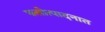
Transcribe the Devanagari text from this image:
फलोत्पादनात